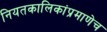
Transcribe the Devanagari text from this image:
नियतकालिकांप्रमाणेच